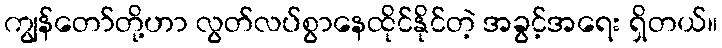
ကျွန်တော်တို့ဟာ လွတ်လပ်စွာနေထိုင်နိုင်တဲ့ အခွင့်အရေး ရှိတယ်။